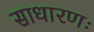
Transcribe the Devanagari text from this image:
साधारणः